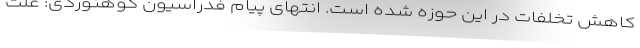
کاهش تخلفات در این حوزه شده است. انتهای پیام فدراسیون کوهنوردی: علت